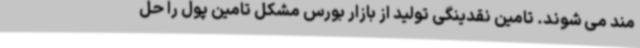
مند می شوند. تامین نقدینگی تولید از بازار بورس مشکل تامین پول را حل